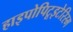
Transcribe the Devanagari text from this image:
हाइपोपिटूइटेरिस्म